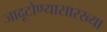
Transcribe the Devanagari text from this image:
जादूटोण्यासारख्या